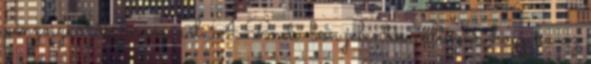
pénzeszközök forrásáról A Pmt.-ben jelentős változás, hogy ha az